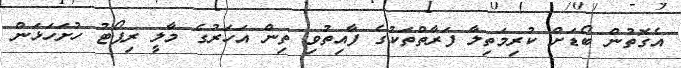
އެގޮތުން ބޯޑަށް ކުރިމަތިލާ ފަރާތްތަކުގެ ފާއިތުވި ތިން އަހަރުގެ މާލީ ރިޕޯޓު ހުށަހަޅަން